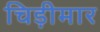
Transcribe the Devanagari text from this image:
चिड़ीमार